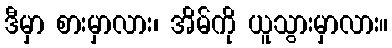
ဒီမှာ စားမှာလား၊ အိမ်ကို ယူသွားမှာလား။